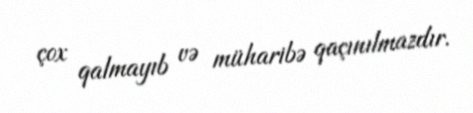
çox qalmayıb və müharibə qaçınılmazdır.